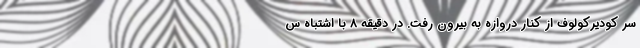
سر کودیرکولوف از کنار دروازه به بیرون رفت. در دقیقه ۸ با اشتباه س